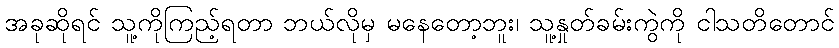
အခုဆိုရင် သူ့ကိုကြည့်ရတာ ဘယ်လိုမှ မနေတော့ဘူး၊ သူ့နှုတ်ခမ်းကွဲကို ငါသတိတောင်